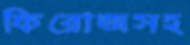
ফিরোজসহ